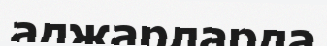
аджарларда